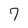
Character: 7